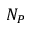
N _ { P }